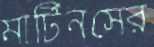
মার্টিনসের